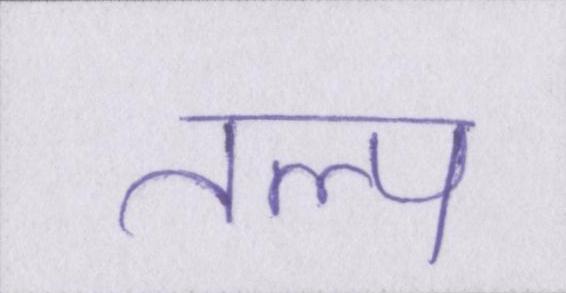
तल्प